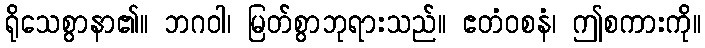
ရိုသေစွာနာ၏။ ဘဂဝါ၊ မြတ်စွာဘုရားသည်။ ဧတံဝစနံ၊ ဤစကားကို။